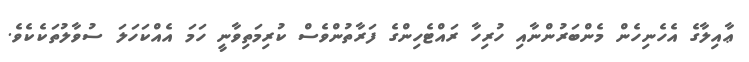
ޢާއިލާގެ އެހެނިހެން މެންބަރުންނާއި ހުރިހާ ރައްޓެހިންގެ ފަރާތުންވެސް ކުރިމަތިވާނީ ހަމަ އެއްކަހަލަ ސުވާލުތަކެކެވެ.